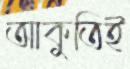
আকুতিই